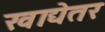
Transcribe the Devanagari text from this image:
खाद्येतर